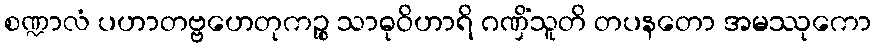
စဏ္ဍာလံ ပဟာတဗ္ဗဟေတုကဉ္စ သာဓုဝိဟာရိ ဂဏှိံသူတိ တပနတော အမဿုကော